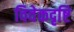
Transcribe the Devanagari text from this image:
विवेकदृष्टि